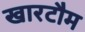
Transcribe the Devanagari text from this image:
खारटौम